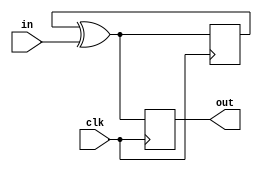
`timescale 1ns / 1ps
//////////////////////////////////////////////////////////////////////////////////
// Company: 
// Engineer: 
// 
// Design Name: 
// Module Name: buttonToggle
// Project Name: 
// Target Devices: 
// Tool Versions: 
// Description: 
// 
// Dependencies: 
// 
// Revision:
// Revision 0.01 - File Created
// Additional Comments:
// 
//////////////////////////////////////////////////////////////////////////////////


module buttonToggle(
    input in,
    input clk,
    output out
    );
    
    reg bit = 0;    //inital value 0 to ensure no false starts
    reg out_reg, out_next;
    
    always @(posedge clk)
    begin
        out_reg <= out_next;
        bit <= out_next;
    end
    
    //next state logic
    always @(in)
    begin
        out_next = bit ^ in;
    end
    
    //output logic
    assign out = out_reg;
endmodule